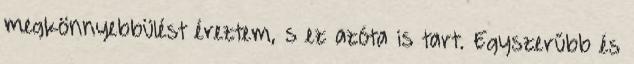
megkönnyebbülést éreztem, s ez azóta is tart. Egyszerűbb és